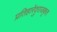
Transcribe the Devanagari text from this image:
प्रतिहारेंदुराजकृत